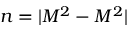
n = | M ^ { 2 } - M ^ { 2 } |